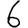
Digit: 6